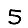
Digit: 5